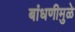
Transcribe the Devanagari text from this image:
बांधणीमुळे